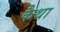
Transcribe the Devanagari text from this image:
कैथा